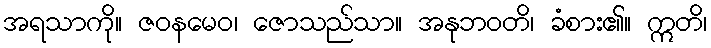
အရသာကို။ ဇဝနမေဝ၊ ဇောသည်သာ။ အနုဘဝတိ၊ ခံစား၏။ ဣတိ၊